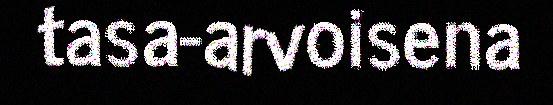
tasa-arvoisena